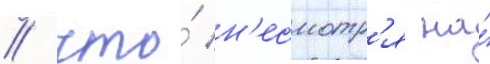
/ что́ н'есмотр'я на́